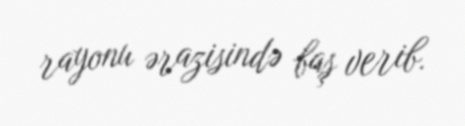
rayonu ərazisində baş verib.